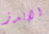
الإيدز